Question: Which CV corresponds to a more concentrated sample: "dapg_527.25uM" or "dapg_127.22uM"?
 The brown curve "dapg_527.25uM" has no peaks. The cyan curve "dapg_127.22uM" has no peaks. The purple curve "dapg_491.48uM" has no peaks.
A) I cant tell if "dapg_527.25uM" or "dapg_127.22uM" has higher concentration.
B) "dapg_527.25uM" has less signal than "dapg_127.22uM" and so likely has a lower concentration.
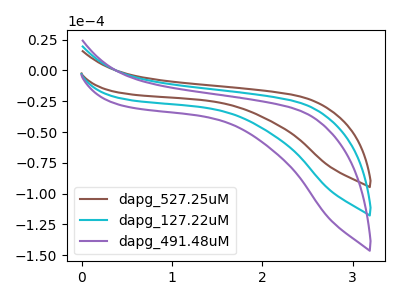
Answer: <think>Neither "dapg_527.25uM" or "dapg_127.22uM" have any peaks.
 </think>
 <answer>A) I cant tell if "dapg_527.25uM" or "dapg_127.22uM" has higher concentration.</answer>
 <eval>A</eval>